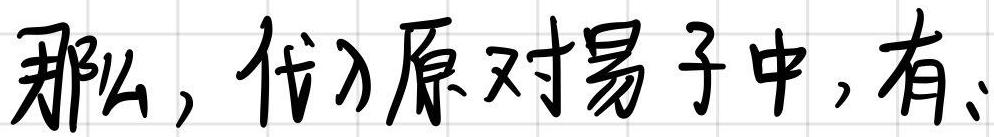
那么，代入原对易子中，有：